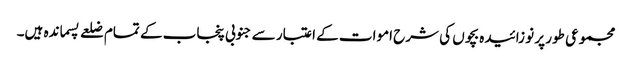
مجموعی طور پر نو زائیدہ بچوں کی شرح اموات کے اعتبار سے جنوبی پنجاب کے تمام ضلعے پسماندہ ہیں۔